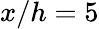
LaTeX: x/h=5